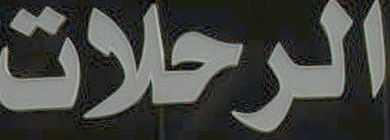
الرحلات